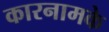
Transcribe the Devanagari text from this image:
कारनामके